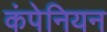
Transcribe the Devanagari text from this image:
कंपेनियन